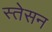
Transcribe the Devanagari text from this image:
स्तेसन